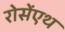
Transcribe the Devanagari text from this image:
रोसेंएथ